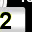
Digit: 2